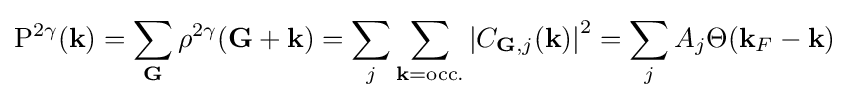
\mathrm {P} ^{2\gamma }(\mathbf {k} )=\sum _{\mathbf {G} }\rho ^{2\gamma }(\mathbf {G+k} )=\sum _{j}\sum _{\mathbf {k} =\mathrm {occ.} }\left|C_{\mathbf {G} ,j}(\mathbf {k} )\right|^{2}=\sum _{j}A_{j}\Theta (\mathbf {k} _{F}-\mathbf {k} )